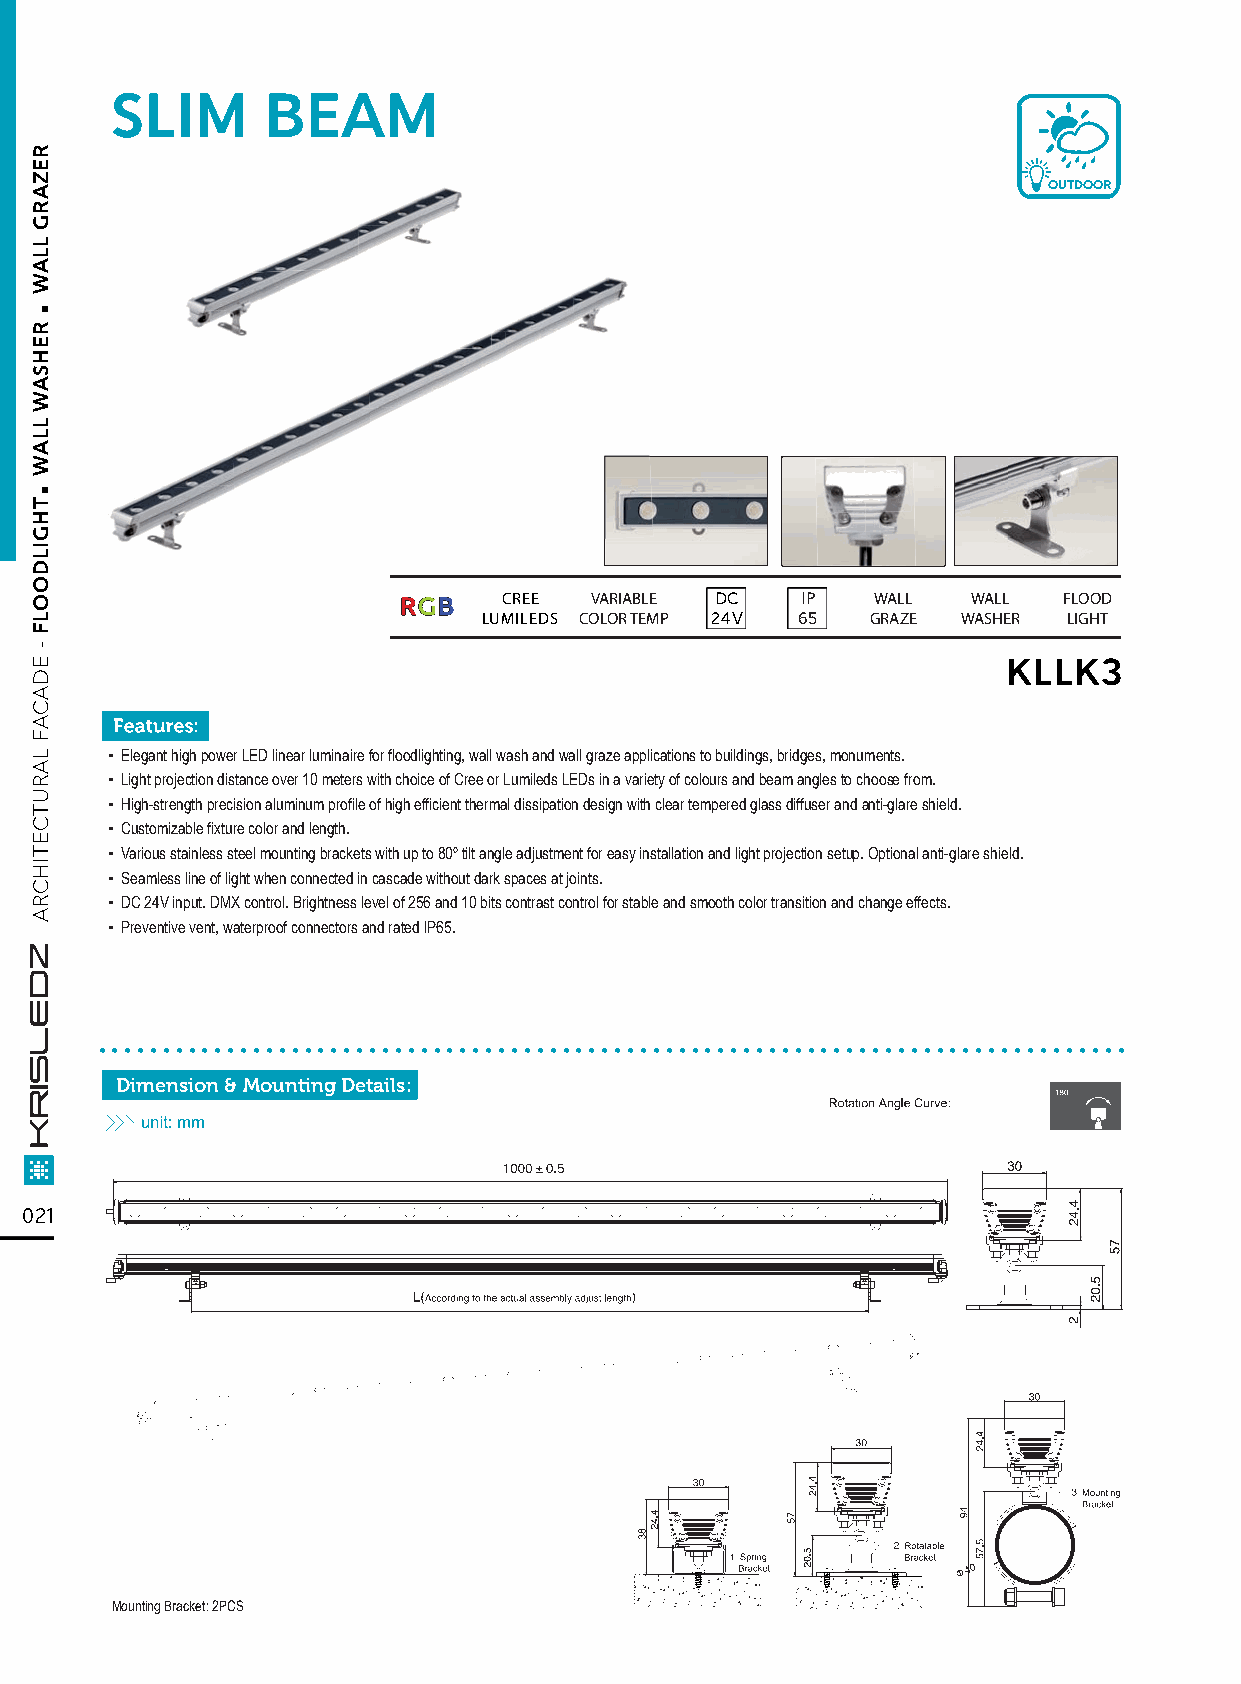
SLIM      BEAM
 OUTDOOR
 RRGGBB CREE  VARIABLE DC   IP   WALL  WALL  FLOOD
 LUMILEDS COLOR TEMP 24V 65 GRAZE WASHER LIGHT
 KLLK3
 ▪ Elegant high power LED linear luminaire for floodlighting, wall wash and wall graze applications to buildings, bridges, monuments.
 ▪ Light projection distance over 10 meters with choice of Cree or Lumileds LEDs in a variety of colours and beam angles to choose from.
 ▪ High-strength precision aluminum profile of high efficient thermal dissipation design with clear tempered glass diffuser and anti-glare shield.
 ▪ Customizable fixture color and length.
 ▪ Various stainless steel mounting brackets with up to 80º tilt angle adjustment for easy installation and light projection setup. Optional anti-glare shield.
 ▪ Seamless line of light when connected in cascade without dark spaces at joints.
 ▪ DC 24V input. DMX control. Brightness level of 256 and 10 bits contrast control for stable and smooth color transition and change effects.
 ▪ Preventive vent, waterproof connectors and rated lP65.
 ................................................................................
 Dimension & Mounting Details:
 021
 Mounting Bracket: 2PCS
 .
 .
 REZARG
 LLAW
 REHSAW
 LLAW
 THGILDOOLF
 -
 EDACAF
 LARUTCETIHCRA